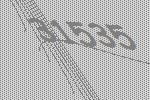
31535